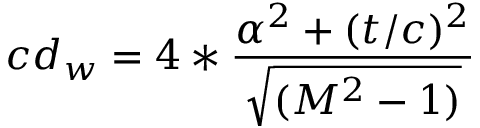
c d _ { w } = 4 * { \frac { \alpha ^ { 2 } + ( t / c ) ^ { 2 } } { \sqrt { ( M ^ { 2 } - 1 ) } } }